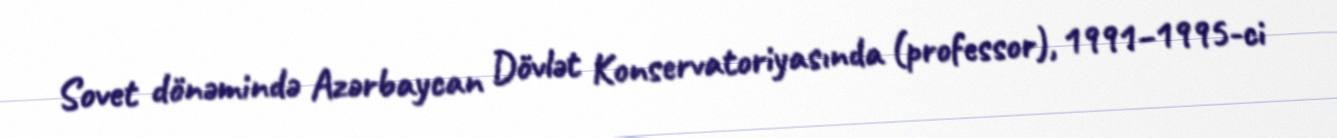
Sovet dönəmində Azərbaycan Dövlət Konservatoriyasında (professor), 1991–1995-ci